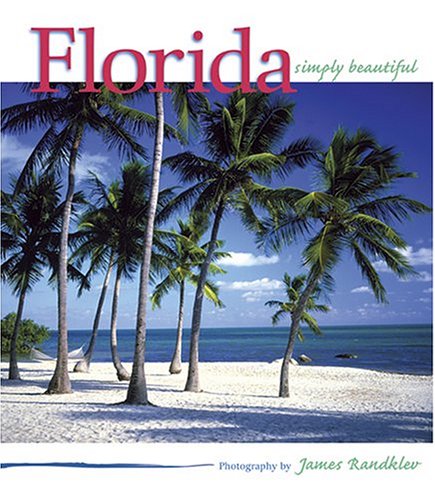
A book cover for Florida Simply Beautiful; photography by James Randklev; Travel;